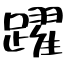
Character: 躍